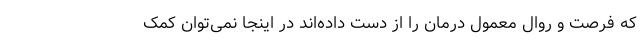
که فرصت و روال معمول درمان را از دست داده‌اند در اینجا نمی‌توان کمک